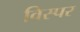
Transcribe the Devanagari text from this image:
विस्पर